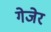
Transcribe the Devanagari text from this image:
गेजेर